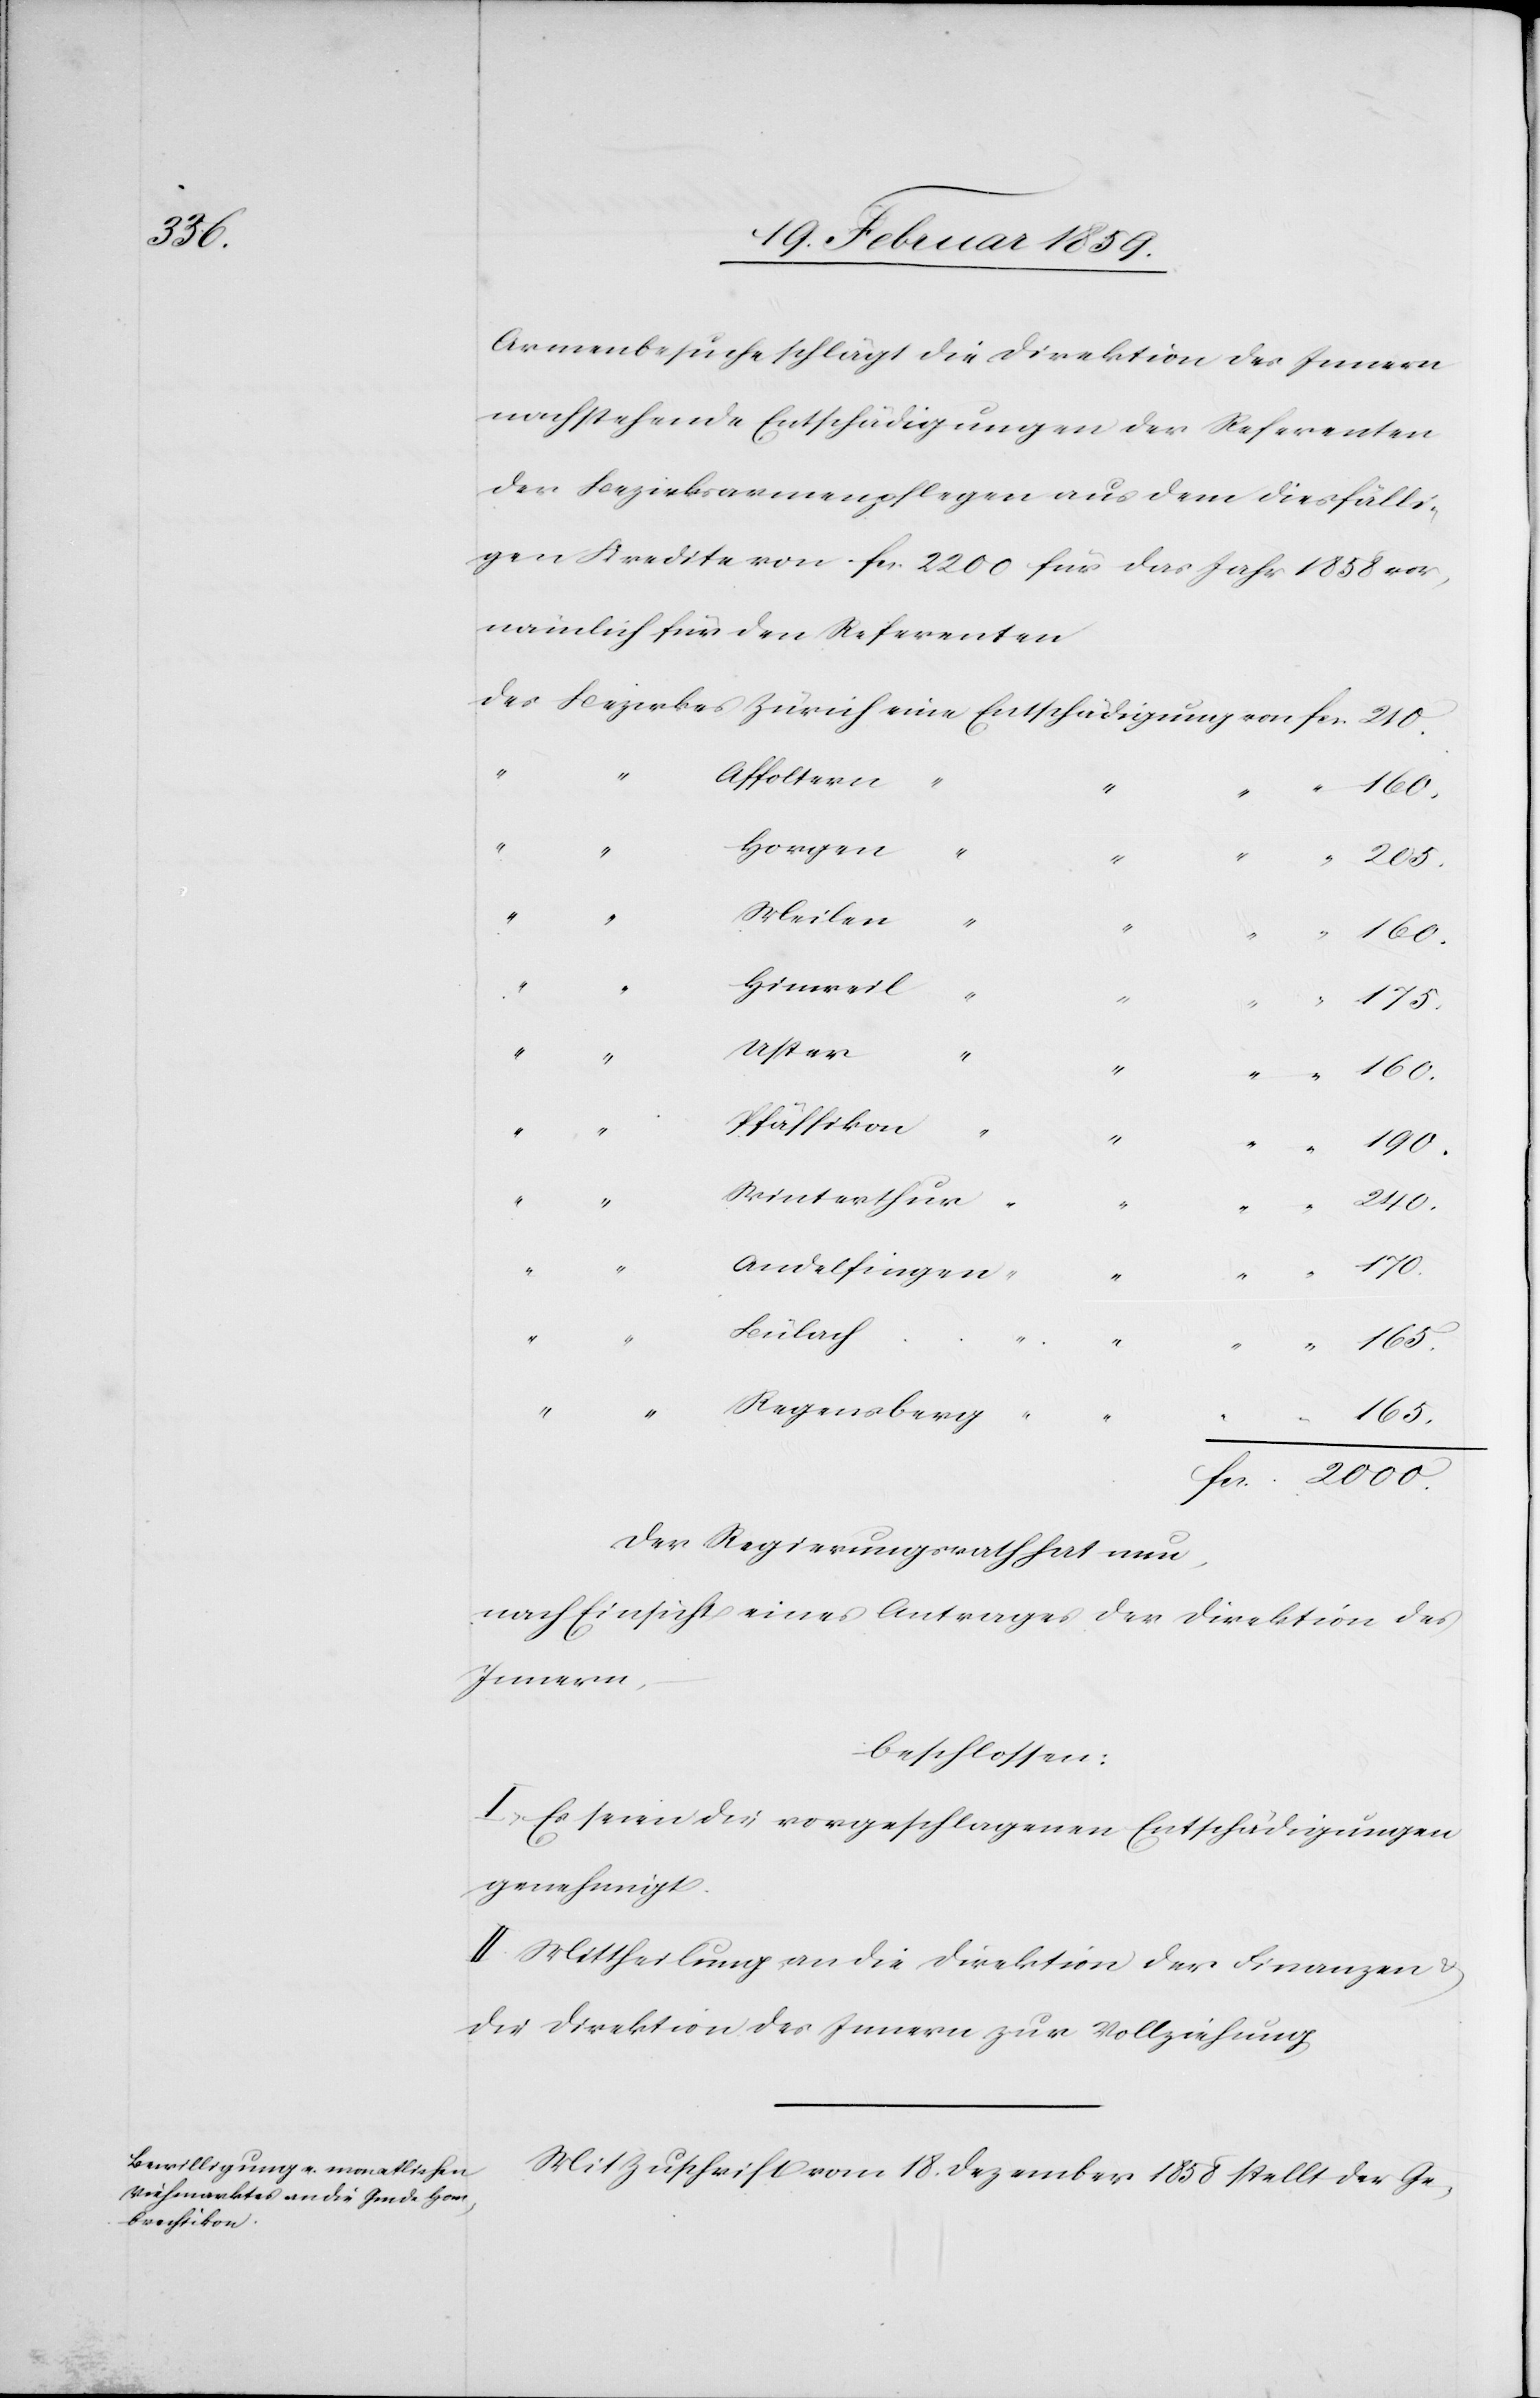
Armenbesuche schlägt die Direktion des Innern
nachstehende Entschädigungen der Referenten
der Bezirksarmenpflegen aus dem diesfälli¬
gen Kredite von fcs. 2200 für das Jahr 1858 vor,
nämlich für den Referenten
Affoltern
“
170.
Horgen
“
2000.
Meilen
“
fcs.
“
165.
Hinweil
175.
Uster
Pfäffikon
“
Winterthur
240.
“
Andelfingen
Bülach
eine
Regensberg
“
Der Regierungsrath hat nun,
nach Einsicht eines Antrages der Direktion des
Innern,
beschlossen:
I. Es seien die vorgeschlagenen Entschädigungen
genehmigt.
II. Mittheilung an die Direktion der Finanzen &
die Direktion des Innern zur Vollziehung.
Mit Zuschrift vom 18. Dezember 1858 stellt der Ge-